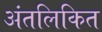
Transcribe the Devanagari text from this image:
अंतलिकित